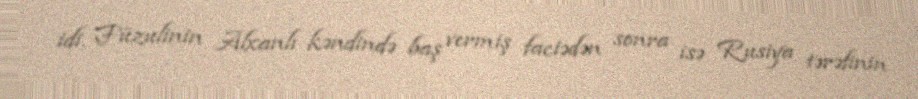
idi. Füzulinin Alxanlı kəndində baş vermiş faciədən sonra isə Rusiya tərəfinin